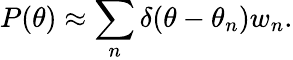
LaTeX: P(\theta)\approx\sum_{n}\delta(\theta-\theta_{n})w_{n}.